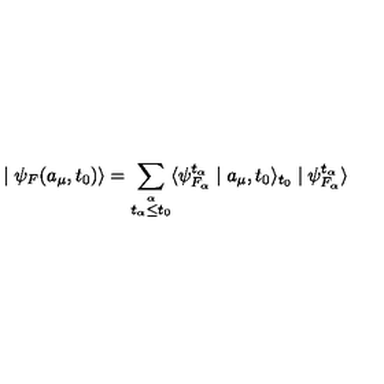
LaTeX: \mid \psi _ { F } ( a _ { \mu } , t _ { 0 } ) \rangle = \sum _ { \stackrel { \alpha } { t _ { \alpha } \leq t _ { 0 } } } \langle \psi _ { F _ { \alpha } } ^ { t _ { \alpha } } \mid a _ { \mu } , t _ { 0 } \rangle _ { t _ { 0 } } \mid \psi _ { F _ { \alpha } } ^ { t _ { \alpha } } \rangle